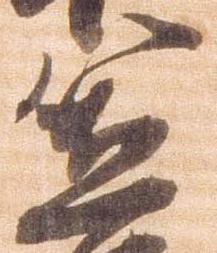
笠